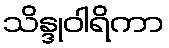
သိန္ဒုဝါရိကာ